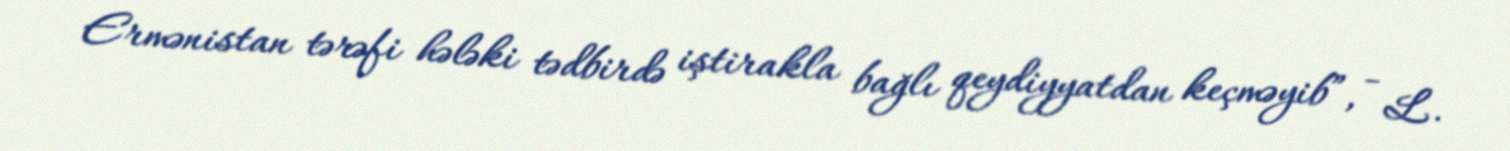
Ermənistan tərəfi hələki tədbirdə iştirakla bağlı qeydiyyatdan keçməyib”, - L.